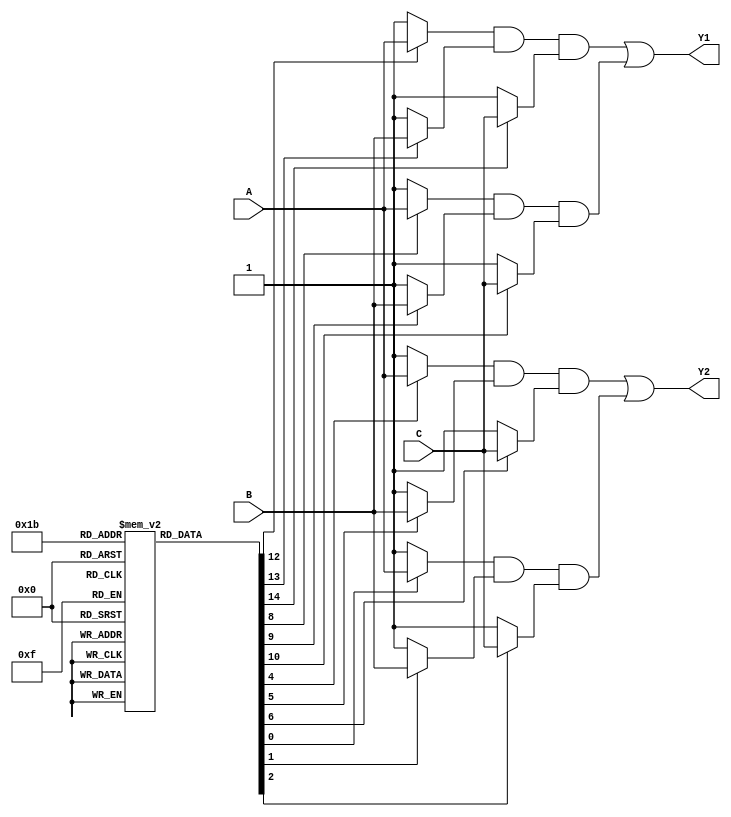
module PAL (
    input wire A,        // Input A
    input wire B,        // Input B
    input wire C,        // Input C
    output wire Y1,      // Output Y1
    output wire Y2       // Output Y2
);

// Parameters defining the AND gate programming (these would be configured as needed)
reg [3:0] and_inputs [0:3]; // Each entry represents the connections for an AND gate

// Internal wires for the AND gate outputs
wire and_out [0:3];

// AND gates implementation
assign and_out[0] = (and_inputs[0][0] ? A : 1'b1) & // A or not A
                    (and_inputs[0][1] ? B : 1'b1) & // B or not B
                    (and_inputs[0][2] ? C : 1'b1);  // C or not C
assign and_out[1] = (and_inputs[1][0] ? A : 1'b1) &
                    (and_inputs[1][1] ? B : 1'b1) &
                    (and_inputs[1][2] ? C : 1'b1);
assign and_out[2] = (and_inputs[2][0] ? A : 1'b1) &
                    (and_inputs[2][1] ? B : 1'b1) &
                    (and_inputs[2][2] ? C : 1'b1);
assign and_out[3] = (and_inputs[3][0] ? A : 1'b1) &
                    (and_inputs[3][1] ? B : 1'b1) &
                    (and_inputs[3][2] ? C : 1'b1);

// OR gates implementation (fixed OR array)
assign Y1 = and_out[0] | and_out[1]; // Example output from AND gates 0 and 1
assign Y2 = and_out[2] | and_out[3]; // Example output from AND gates 2 and 3

// Initialization of the AND gate configurations
initial begin
    // Example configuration for programmable AND gates
    // Each bit represents whether the corresponding input is connected (1) or not (0);
    // Example: {A, B, C} connected to AND gate 0, 
    //          NOT A and B connected to AND gate 1, 
    //          A and NOT B connected to AND gate 2
    and_inputs[0] = 3'b111; // AND gate 0: A & B & C
    and_inputs[1] = 3'b010; // AND gate 1: NOT A & B
    and_inputs[2] = 3'b101; // AND gate 2: A & NOT B
    and_inputs[3] = 3'b000; // AND gate 3: No inputs
end

endmodule